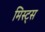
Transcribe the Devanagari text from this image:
मिस्ट्स